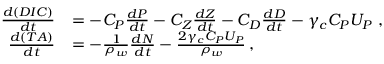
\begin{array} { r l } { \frac { d ( D I C ) } { d t } } & { = - C _ { P } \frac { d P } { d t } - C _ { Z } \frac { d Z } { d t } - C _ { D } \frac { d D } { d t } - \gamma _ { c } C _ { P } U _ { P } \; , } \\ { \frac { d ( T A ) } { d t } } & { = - \frac { 1 } { \rho _ { w } } \frac { d N } { d t } - \frac { 2 \gamma _ { c } C _ { P } U _ { P } } { \rho _ { w } } \, , } \end{array}